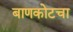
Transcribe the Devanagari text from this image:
बाणकोटचा